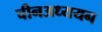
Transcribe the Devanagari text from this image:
चीनअध्ययन